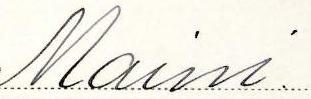
Maini